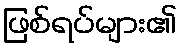
ဖြစ်ရပ်များ၏